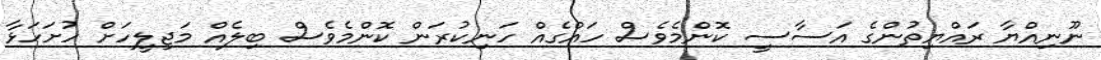
ނޫނިއްޔާ ރައްޔިތުންގެ އަސާސީ ކޮންމެވެސް ހައްގެއް ހަނިކުރަން ކޮންމެވެސް ބިލެއްް މަޖިލީހަށް ހުށަހަޅާ